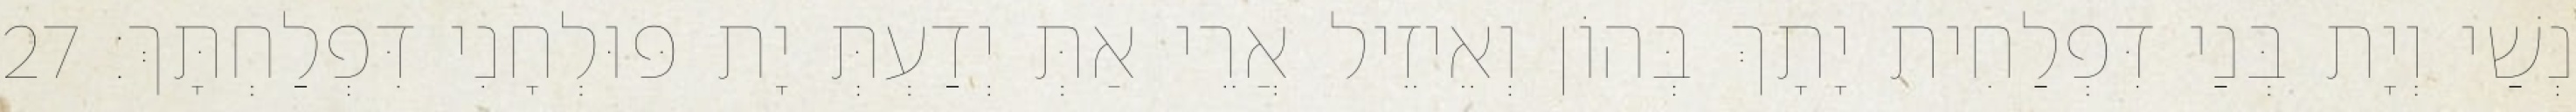
נְשַׁי וְיָת בְּנַי דִּפְלַחִית יָתָךְ בְּהוֹן וְאֵיזֵיל אֲרֵי אַתְּ יְדַעְתְּ יָת פּוּלְחָנִי דִּפְלַחְתָּךְ׃ 27